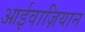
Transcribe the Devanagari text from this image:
आईवाज़ियान